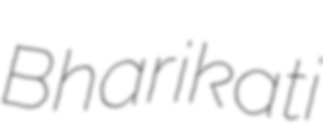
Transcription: Bharikati